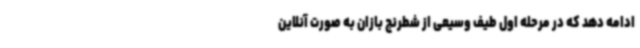
ادامه دهد که در مرحله اول طیف وسیعی از شطرنج بازان به صورت آنلاین